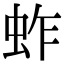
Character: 蚱